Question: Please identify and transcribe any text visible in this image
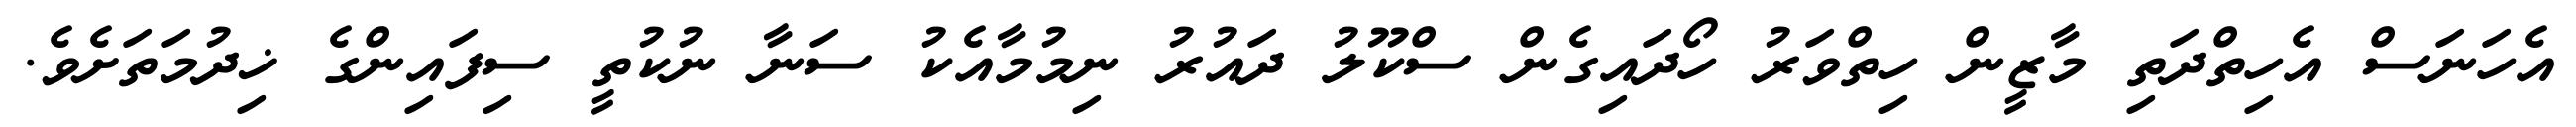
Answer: އެހަނަސް އެހިތްދަތި މާޒީން ހިތްވަރު ހޯދައިގެން ސްކޫލު ދައުރު ނިމުމާއެކު ސަނާ ނުކުތީ ސިފައިންގެ ޚިދުމަތަށެވެ.